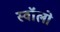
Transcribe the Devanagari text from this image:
स्वॉलो